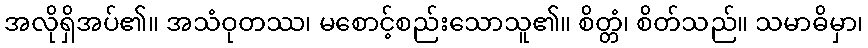
အလိုရှိအပ်၏။ အသံဝုတဿ၊ မစောင့်စည်းသောသူ၏။ စိတ္တံ၊ စိတ်သည်။ သမာဓိမှာ၊